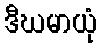
ဒီဃမာယုံ